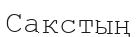
Сакстың